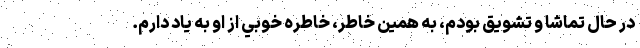
در حال تماشا و تشويق بودم، به همين خاطر، خاطره خوبي از او به ياد دارم.